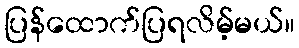
ပြန်ထောက်ပြရလိမ့်မယ်။